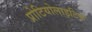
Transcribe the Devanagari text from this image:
प्रोटियोलाइटिक